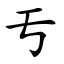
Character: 亐